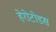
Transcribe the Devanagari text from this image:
हेरोटोडस